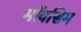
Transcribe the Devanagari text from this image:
मॉवसिम